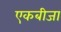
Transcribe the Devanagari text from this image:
एकबीजा